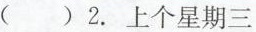
( ) 2.上个星期三